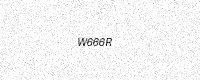
Text: W666R